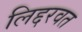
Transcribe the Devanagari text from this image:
लिद्दरवत